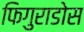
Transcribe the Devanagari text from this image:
फिगुराडोस